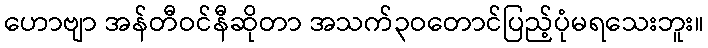
ဟောဗျာ အန်တီဝင်နီဆိုတာ အသက်၃ဝတောင်ပြည့်ပုံမရသေးဘူး။